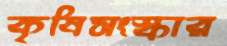
কৃষিসংস্কার